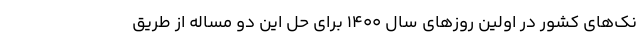
نک‌های کشور در اولین روزهای سال 1400 برای حل این دو مساله از طریق